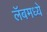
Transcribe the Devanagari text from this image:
लॅबमध्ये